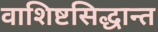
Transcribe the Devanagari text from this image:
वाशिष्टसिद्धान्त